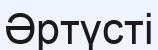
Әртүсті